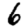
Digit: 6